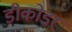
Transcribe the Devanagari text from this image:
डीकोडर